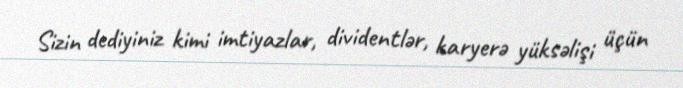
Sizin dediyiniz kimi imtiyazlar, dividentlər, karyerə yüksəlişi üçün